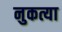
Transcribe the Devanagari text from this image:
नुकत्या